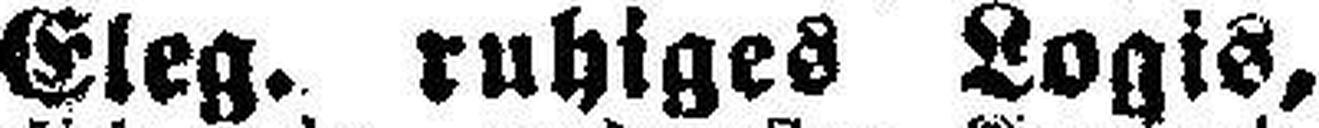
Eleg. ruhiges Logis,